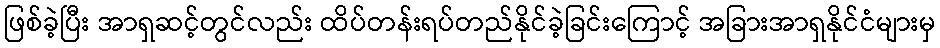
ဖြစ်ခဲ့ပြီး အာရှဆင့်တွင်လည်း ထိပ်တန်းရပ်တည်နိုင်ခဲ့ခြင်းကြောင့် အခြားအာရှနိုင်ငံများမှ